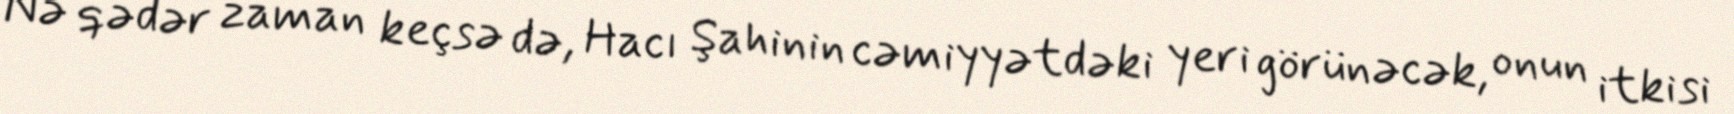
Nə qədər zaman keçsə də, Hacı Şahinin cəmiyyətdəki yeri görünəcək, onun itkisi